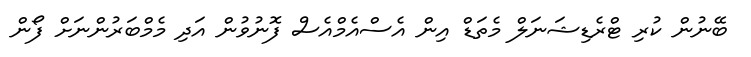
ބޭނުން ކުރި ޓްރެޑިޝަނަލް މެތަޑް އިން އެސްއެމްއެސް ފޮނުވުން އަދި މެމްބަރުންނަށް ފޯން